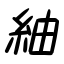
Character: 紬